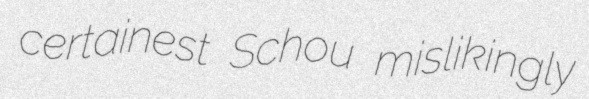
certainest Schou mislikingly